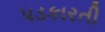
પડકારતી